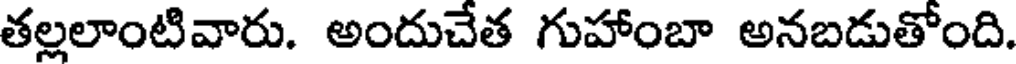
తల్లలాంటివారు. అందుచేత గుహాంబా అనబడుతోంది.